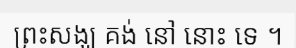
ព្រះសង្ឃ គង់ នៅ នោះ ទេ ។